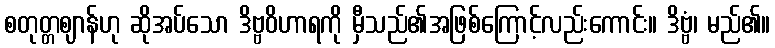
စတုတ္တဈာန်ဟု ဆိုအပ်သော ဒိဗ္ဗဝိဟာရကို မှီသည်၏အဖြစ်ကြောင့်လည်းကောင်း။ ဒိဗ္ဗံ၊ မည်၏။